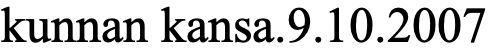
kunnan kansa.9.10.2007